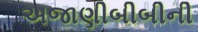
અજાણીબીબીની